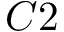
C 2